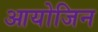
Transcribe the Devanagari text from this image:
आयोजिन